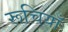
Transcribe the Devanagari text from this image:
रूचियाँ